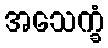
အသေက္ခံ